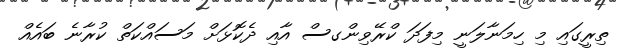
ތިރީގައި މި ހިމަނާލަނީ މިފަދަ ކްރޭވިންގސް އާއި ދެކޮޅަށް މަސައްކަތް ކުރާނެ ބައެއް